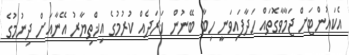
އެކައުންޓަށް ޖަމާވާގޮތައް ހަދާފައިވަނީ ހިބާ ބޭނުން ޚަރަދެއް ކުރުމުގެ އިޚްތިޔާރު އޭނާއަށް ދިނުމުގެ